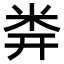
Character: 𥸶